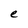
Character: e